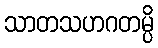
သာတသဟဂတမ္ပိ